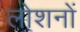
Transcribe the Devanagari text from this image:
लोशनों